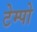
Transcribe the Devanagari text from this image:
टेम्‍पो